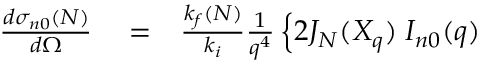
\begin{array} { r l r } { \frac { d { \sigma } _ { n 0 } ( N ) } { d \Omega } } & { { } = } & { \frac { k _ { f } ( N ) } { k _ { i } } \frac { 1 } { q ^ { 4 } } \left\{ 2 J _ { N } ( X _ { q } ) \; { \cal I } _ { n 0 } ( q ) \right. } \end{array}